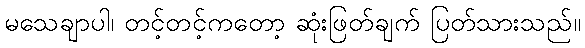
မသေချာပါ၊ တင့်တင့်ကတော့ ဆုံးဖြတ်ချက် ပြတ်သားသည်။